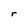
Character: r